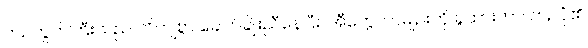
ဘဲဥကွက်ကြီးသည် တိကျစွာ ခေါက်ချိုးညီနေပြီး၊ အီကွေတာမျဉ်းကို ခွထားကာ၊ ဘဲဥပုံ၏